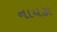
નાયકા